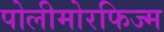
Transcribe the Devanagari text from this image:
पोलीमोरफिज्म